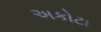
અકોટા